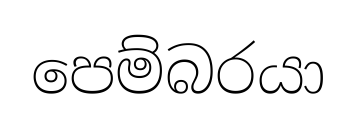
පෙම්බරයා